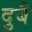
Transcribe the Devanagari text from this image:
दुबै